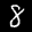
Label: 8